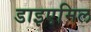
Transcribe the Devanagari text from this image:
डाइएमिल